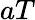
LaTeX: aT